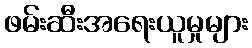
ဖမ်းဆီးအရေးယူမှုများ